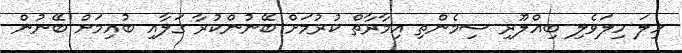
ހިލަ ހިލަވެލި ބިއްލޫރި ސިމެންތި އިމާރާތް ކުރުމަށް ބޭނުންކުރާ ގަލާއި ބުއިމަށް ބޭނުން